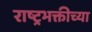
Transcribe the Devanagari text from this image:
राष्ट्रभक्तीच्या